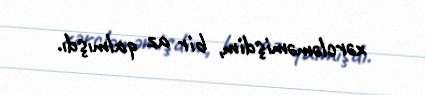
xərcləməmişdim, bir az qalmışdı.